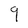
Character: 9